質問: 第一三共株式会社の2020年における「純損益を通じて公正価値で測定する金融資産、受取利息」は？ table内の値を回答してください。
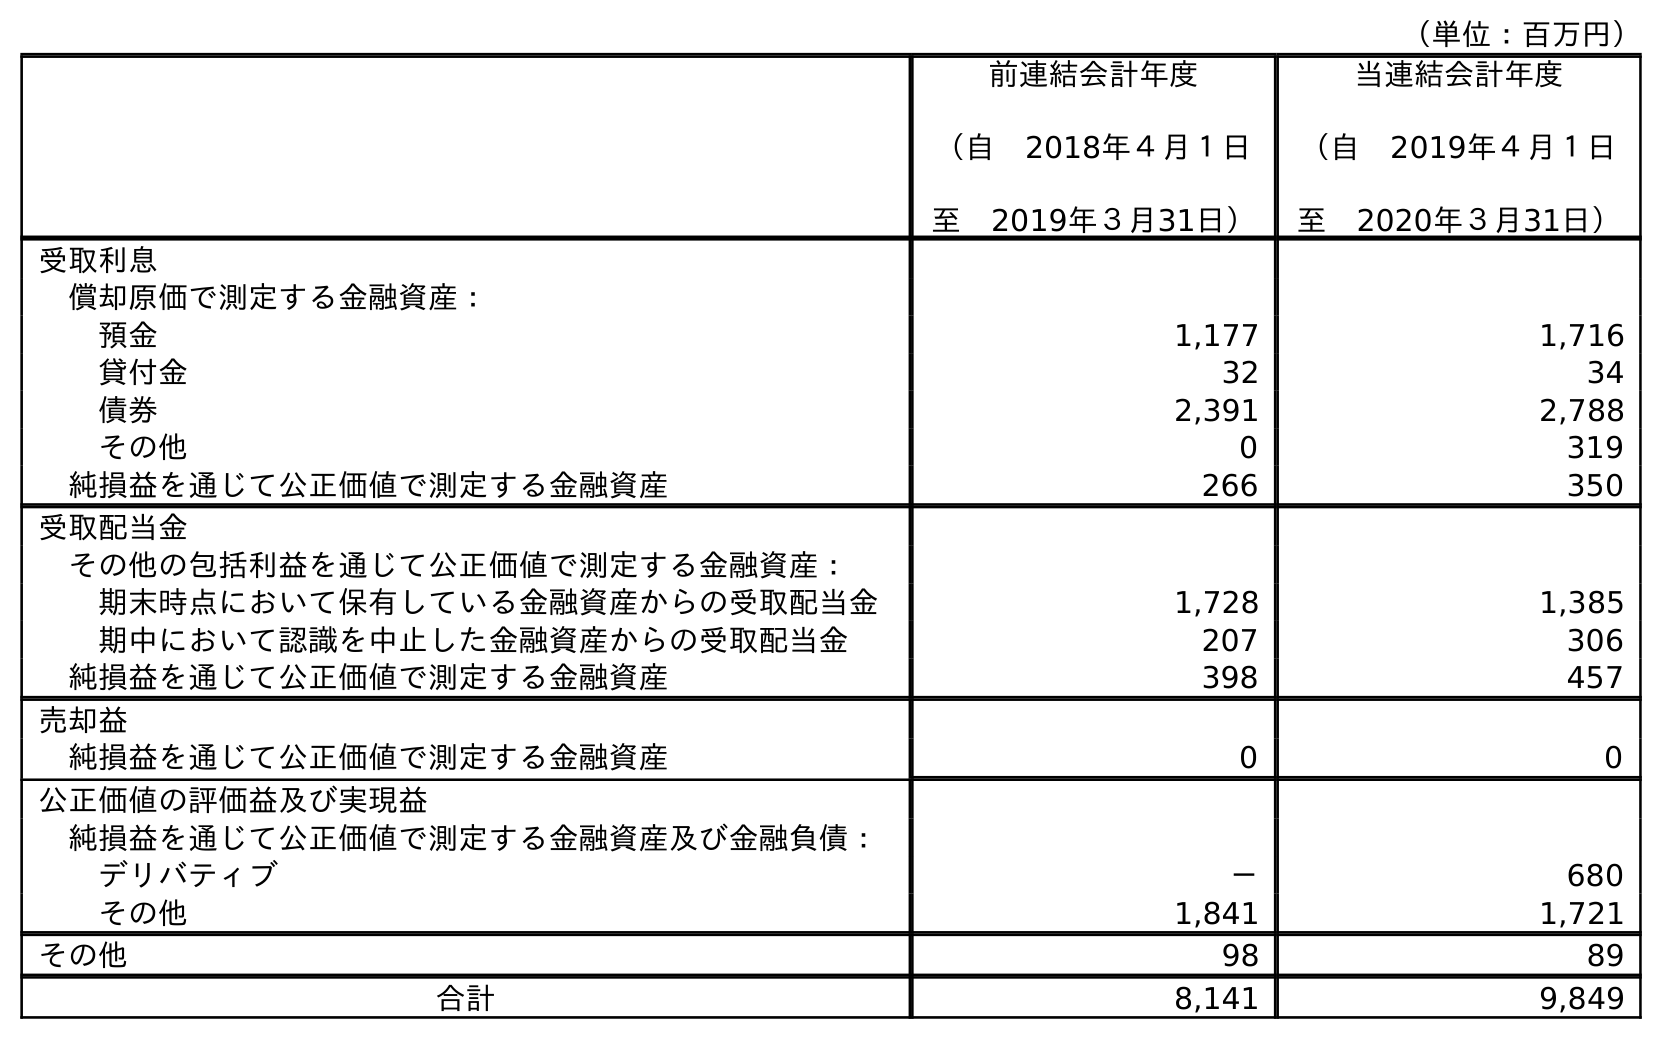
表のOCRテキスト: （単位：百万円） 前連結会計年度 （自 2018年４月１日 至 2019年３月31日） 当連結会計年度 （自 2019年４月１日 至 2020年３月31日） 受取利息 償却原価で測定する金融資産： 預金 1,177 1,716 貸付金 32 34 債券 2,391 2,788 その他 0 319 純損益を通じて公正価値で測定する金融資産 266 350 受取配当金 その他の包括利益を通じて公正価値で測定する金融資産： 期末時点において保有している金融資産からの受取配当金 1,728 1,385 期中において認識を中止した金融資産からの受取配当金 207 306 純損益を通じて公正価値で測定する金融資産 398 457 売却益 純損益を通じて公正価値で測定する金融資産 0 0 公正価値の評価益及び実現益 純損益を通じて公正価値で測定する金融資産及び金融負債： デリバティブ － 680 その他 1,841 1,721 その他 98 89 合計 8,141 9,849
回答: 350